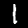
Label: 1